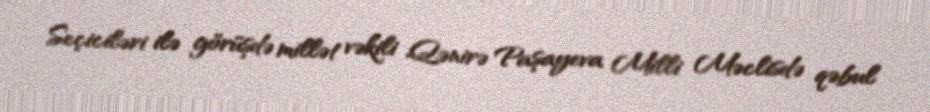
Seçiciləri ilə görüşdə millət vəkili Qənirə Paşayeva Milli Məclisdə qəbul